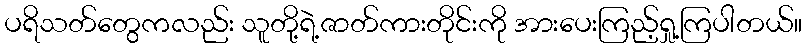
ပရိသတ်တွေကလည်း သူတို့ရဲ့ဇာတ်ကားတိုင်းကို အားပေးကြည့်ရှု့ကြပါတယ်။